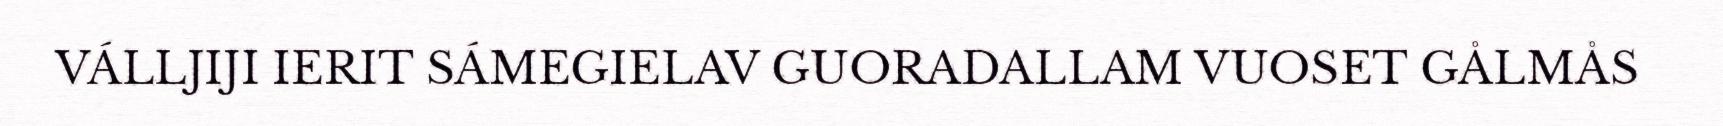
VÁLLJIJI IERIT SÁMEGIELAV GUORADALLAM VUOSET GÅLMÅS